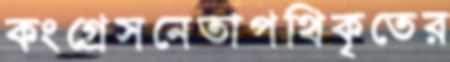
কংগ্রেসনেতাপথিকৃতের